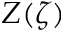
Z ( \zeta )